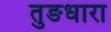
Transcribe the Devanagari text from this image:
तुङधारा